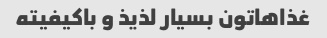
غذاهاتون بسیار لذیذ و باکیفیته